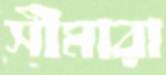
সীমারা